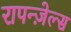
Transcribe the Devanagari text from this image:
रापन्ज़ेल्स